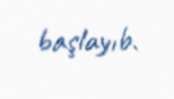
başlayıb.